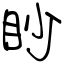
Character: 眇